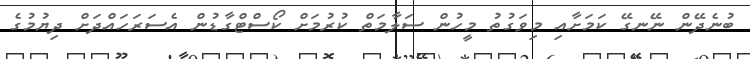
ބުނެދޭން ނޭނގޭ ކަމަށާއި މިވަގުތު މީހުން ސަލާމަތް ކުރުމަށް ކޯސްޓްގާޑުން އެސަރަހައްދަށް ދިޔުމުގެ